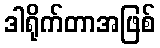
ဒါရိုက်တာအဖြစ်